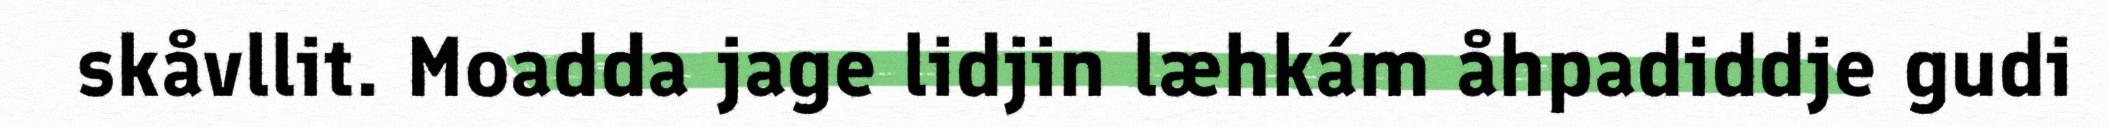
skåvllit. Moadda jage lidjin læhkám åhpadiddje gudi